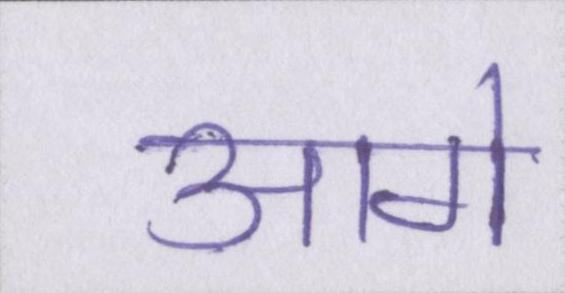
आगे